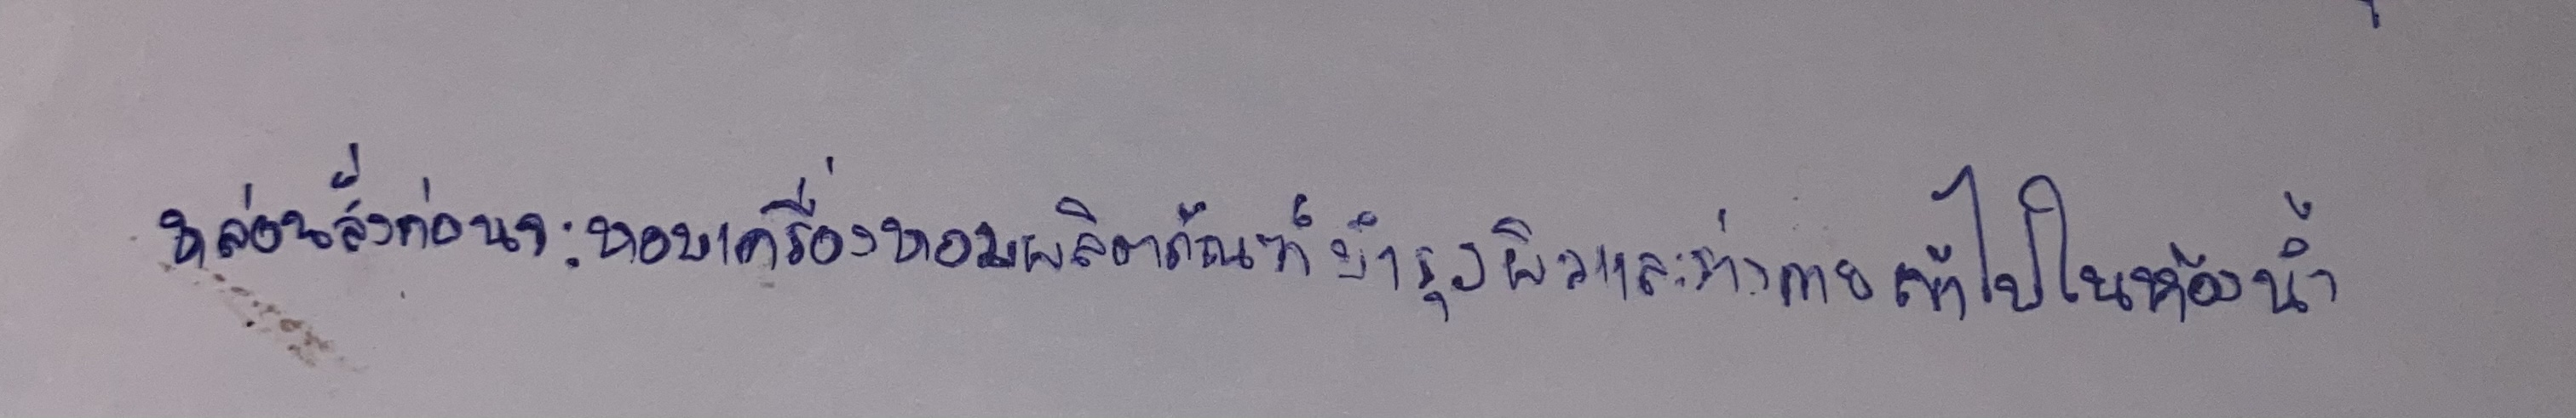
หล่อนสั่งก่อนจะหอบเครื่องหอมผลิตภัณฑ์บำรุงผิวและร่างกายเข้าไปในห้องน้ำ